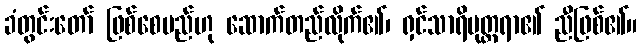
ခံတွင်းတော် ဖြစ်စေမည်ဟု ဆောက်တည်လိုက်၏၊ ရှင်သာရိပုတ္တရာ၏ ညီဖြစ်၏။